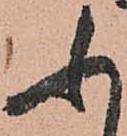
ふ